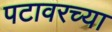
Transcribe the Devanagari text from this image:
पटावरच्या